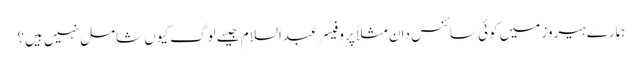
ہمارے ہیروز میں کوئی سائنس دان مثلاً پروفیسر عبدالسلام جیسے لوگ کیوں شامل نہیں ہیں؟